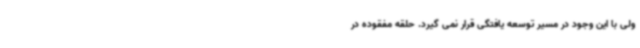
ولی با این وجود در مسیر توسعه یافتگی قرار نمی گیرد. حلقه مفقوده در